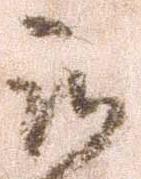
被